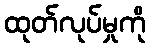
ထုတ်လုပ်မှုကို